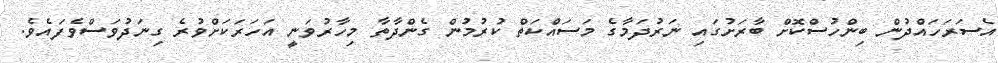
އެސަރަހައްދުން ބިންހުސްކޮށް ބާރަށުގައި ނަރުދަމާގެ މަސައްކަތް ކުރުމުން ގެންދާތާ މިހާރުވަނީ އަހަރަކަށްވުރެ ގިނަދުވަސްވެފައެވެ.